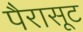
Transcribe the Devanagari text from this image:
पैरासूट